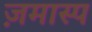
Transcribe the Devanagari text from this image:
ज़मास्प